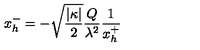
x _ { h } ^ { - } = - \sqrt { \frac { | \kappa | } { 2 } } \frac { Q } { \lambda ^ { 2 } } \frac { 1 } { x _ { h } ^ { + } }